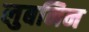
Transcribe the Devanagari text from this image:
लुबनिन